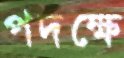
পদক্ষে